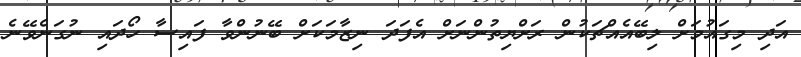
އަދި މިގައުމަށް ލިބޭއެއްޗަކުން ރަށްޔިތުންނަށް އެފަދަ ނިޒާމަކަށް ބޭނުންވާ ފައިސާ ހޯދައި ނުގަނެވޭނެ